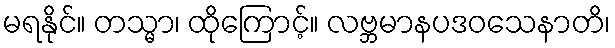
မရနိုင်။ တသ္မာ၊ ထိုကြောင့်။ လဗ္ဘမာနပဒဝသေနာတိ၊